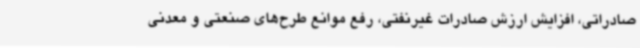
صادراتی، افزایش ارزش صادرات غیرنفتی، رفع موانع طرح‌های صنعتی و معدنی